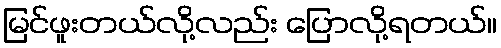
မြင်ဖူးတယ်လို့လည်း ပြောလို့ရတယ်။